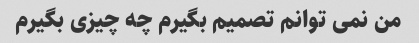
من نمی توانم تصمیم بگیرم چه چیزی بگیرم